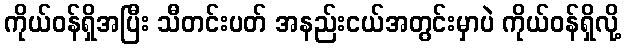
ကိုယ်ဝန်ရှိအပြီး သီတင်းပတ် အနည်းငယ်အတွင်းမှာပဲ ကိုယ်ဝန်ရှိလို့